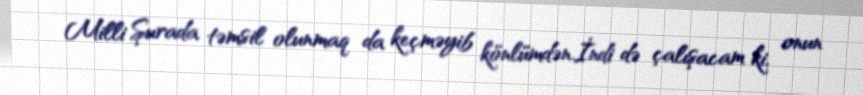
Milli Şurada təmsil olunmaq da keçməyib könlümdən.İndi də çalışacam ki, onun